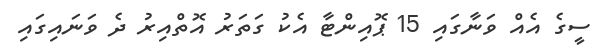
ސީގެ އެއް ވަނާގައި 15 ޕޮއިންޓާ އެކު ގަތަރު އޮތްއިރު ދެ ވަނައިގައި